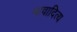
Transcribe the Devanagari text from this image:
भावादित्य